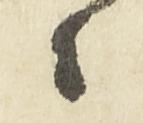
々